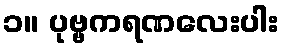
၁။ ပုဗ္ဗကရဏလေးပါး